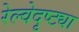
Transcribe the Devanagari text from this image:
रेल्वेदृष्ट्या